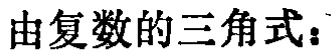
由复数的三角式：